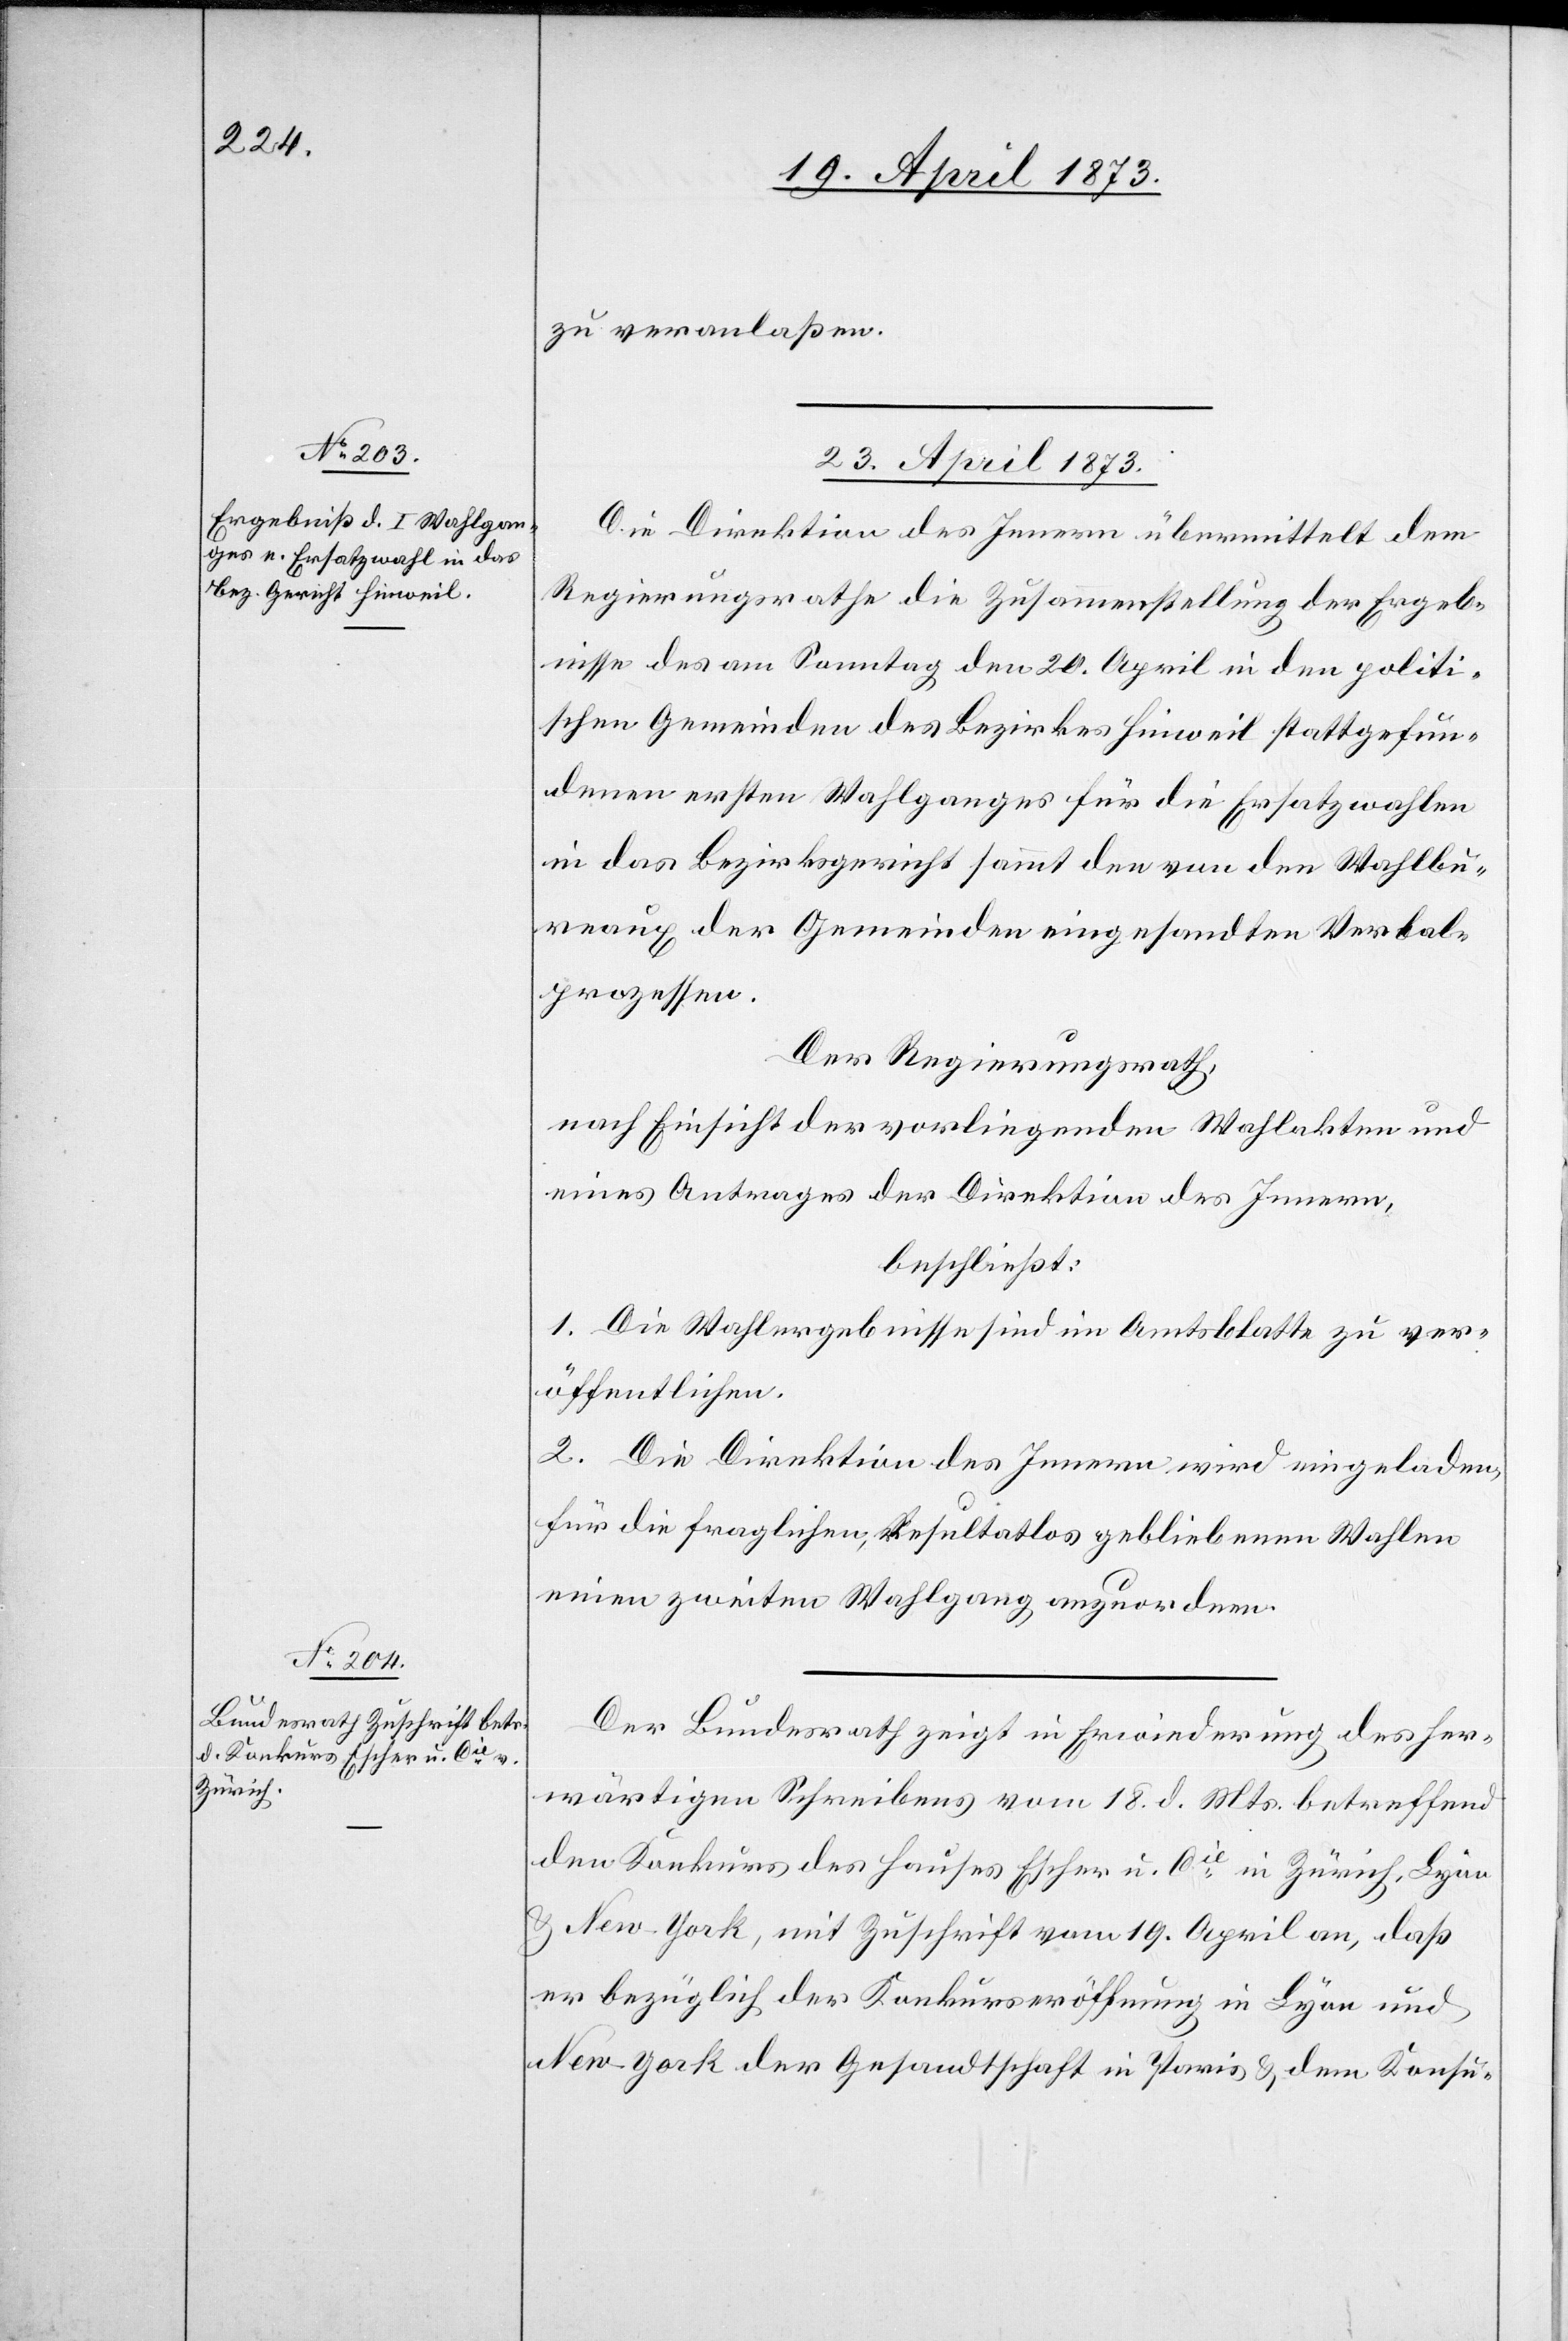
zu veranlaßen.
23. April 1873]
Die Direktion des Innern übermittelt dem
Regierungsrathe die Zusammenstellung der Ergeb¬
nisse des am Sonntag den 20. April in den politi¬
schen Gemeinden des Bezirkes Hinweil stattgefun¬
denen ersten Wahlganges für die Ersatzwahlen
in das Bezirksgericht sammt den von den Wahlbu¬
reaux der Gemeinden eingesandten Verbal¬
prozessen.
Der Regierungsrath,
nach Einsicht der vorliegenden Wahlakten und
eines Antrages der Direktion des Innern,
beschließt:
1. Die Wahlergebnisse sind im Amtsblatte zu ver¬
öffentlichen.
2. Die Direktion des Innern wird eingeladen,
für die fraglichen, resultatlos gebliebenen Wahlen
einen zweiten Wahlgang anzuordnen.
Der Bundesrath zeigt in Erwiederung des her¬
wärtigen Schreibens vom 18. d. Mts betreffend
den Konkurs des Hauses Escher u. Cie in Zürich, Lyon
& New-York, mit Zuschrift vom 19. April an, daß
er bezüglich der Konkurseröffnung in Lyon und
New-York der Gesandtschaft in Paris & dem Konsu-